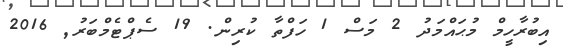
އިބުރާހީމް މުޙައްމަދު 2 މަސް 1 ހަފްތާ ކުރިން. 19 ސެޕްޓެމްބަރު